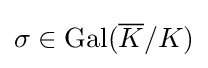
\sigma \in \mathrm {Gal} ({\overline {K}}/K)